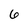
Character: 6